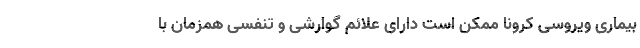
بیماری ویروسی کرونا ممکن است دارای علائم گوارشی و تنفسی همزمان با